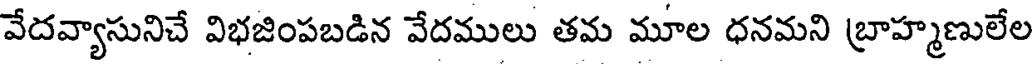
వేదవ్యాసునిచే విభజింపబడిన వేదములు తమ మూల ధనమని బ్రాహ్మణులేల